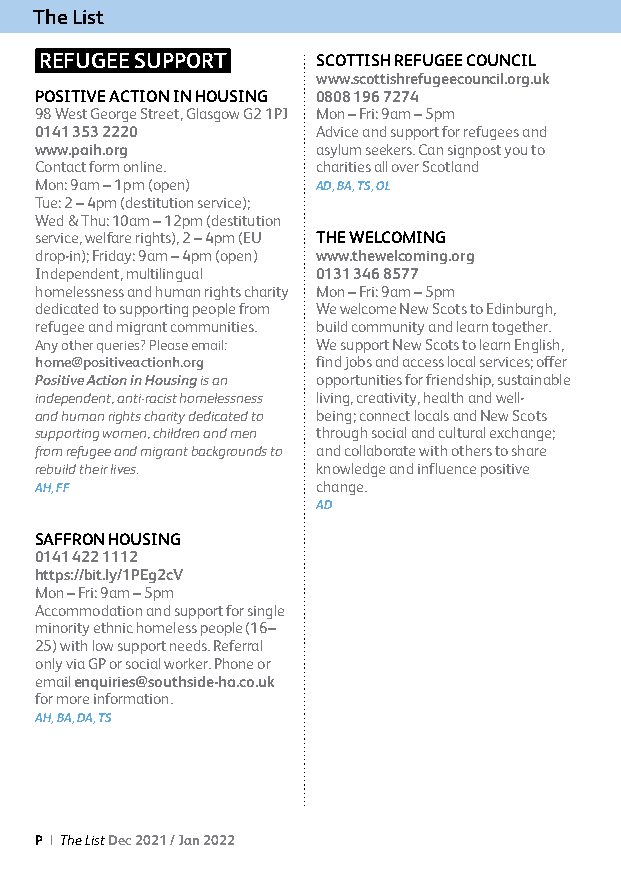
The List
 REFUGEE SUPPORT   SCOTTISH REFUGEE COUNCIL
 www.scottishrefugeecouncil.org.uk
 POSITIVE ACTION IN HOUSING 0808 196 7274
 98 West George Street, Glasgow G2 1PJ Mon – Fri: 9am – 5pm
 0141 353 2220      Advice and support for refugees and
 www.paih.org       asylum seekers. Can signpost you to
 Contact form online. charities all over Scotland
 Mon: 9am – 1pm (open) AD, BA, TS, OL
 Tue: 2 – 4pm (destitution service);
 Wed & Thu: 10am – 12pm (destitution
 service, welfare rights), 2 – 4pm (EU THE WELCOMING
 drop-in); Friday: 9am – 4pm (open) www.thewelcoming.org
 Independent, multilingual 0131 346 8577
 homelessness and human rights charity Mon – Fri: 9am – 5pm
 dedicated to supporting people from We welcome New Scots to Edinburgh,
 refugee and migrant communities. build community and learn together.
 Any other queries? Please email: We support New Scots to learn English,
 home@positiveactionh.org find jobs and access local services; offer
 Positive Action in Housing is an opportunities for friendship, sustainable
 independent, anti-racist homelessness living, creativity, health and well-
 and human rights charity dedicated to being; connect locals and New Scots
 supporting women, children and men through social and cultural exchange;
 from refugee and migrant backgrounds to and collaborate with others to share
 rebuild their lives. knowledge and influence positive
 AH, FF             change.
 AD
 SAFFRON HOUSING
 0141 422 1112
 https://bit.ly/1PEg2cV
 Mon – Fri: 9am – 5pm
 Accommodation and support for single
 minority ethnic homeless people (16–
 25) with low support needs. Referral
 only via GP or social worker. Phone or
 email enquiries@southside-ha.co.uk
 for more information.
 AH, BA, DA, TS
 P | The List Dec 2021 / Jan 2022